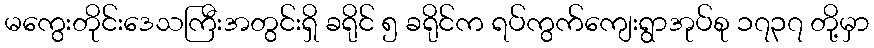
မကွေးတိုင်းဒေသကြီးအတွင်းရှိ ခရိုင် ၅ ခရိုင်က ရပ်ကွက်ကျေးရွာအုပ်စု ၁၇၃၇ တို့မှာ